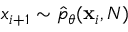
x _ { i + 1 } \sim \hat { p } _ { \theta } ( \mathbf { x } _ { i } , N )